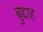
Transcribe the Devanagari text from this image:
बुद्दाह